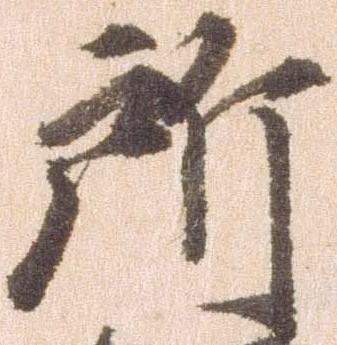
所